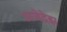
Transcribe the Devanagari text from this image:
अजेद्रेझ